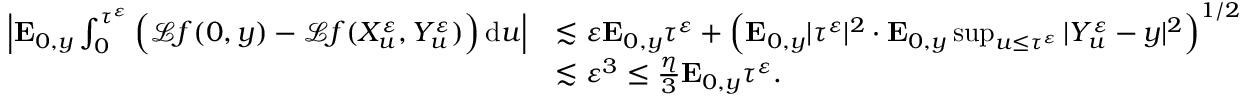
\begin{array} { r l } { \Big | \mathbf { E } _ { 0 , y } \int _ { 0 } ^ { \tau ^ { \varepsilon } } \Big ( \mathcal { L } f ( 0 , y ) - \mathcal { L } f ( X _ { u } ^ { \varepsilon } , Y _ { u } ^ { \varepsilon } ) \Big ) \, \mathrm { d } u \Big | } & { \lesssim \varepsilon \mathbf { E } _ { 0 , y } \tau ^ { \varepsilon } + \Big ( \mathbf { E } _ { 0 , y } | \tau ^ { \varepsilon } | ^ { 2 } \cdot \mathbf { E } _ { 0 , y } \operatorname* { s u p } _ { u \leq \tau ^ { \varepsilon } } | Y _ { u } ^ { \varepsilon } - y | ^ { 2 } \Big ) ^ { 1 / 2 } } \\ & { \lesssim \varepsilon ^ { 3 } \leq \frac { \eta } { 3 } \mathbf { E } _ { 0 , y } \tau ^ { \varepsilon } . } \end{array}